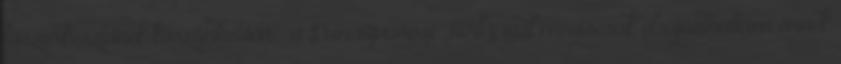
főszerkesztőnek köszönhetően – a Dunaújvárosi Hírlapnál mégiscsak elsajátíthattam ennek